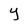
Character: Y